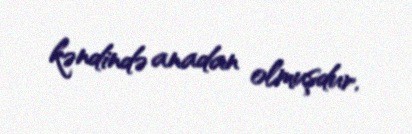
kəndində anadan olmuşdur.